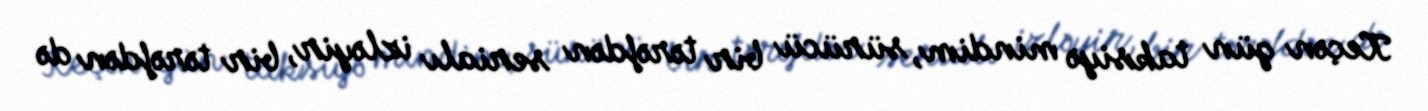
Keçən gün taksiyə mindim, sürücü bir tərəfdən serialı izləyir, bir tərəfdən də